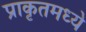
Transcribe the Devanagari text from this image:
प्राकृतमध्ये